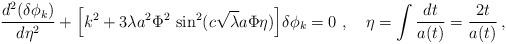
LaTeX: \begin{align*}{d^2(\delta\phi_k)\over d\eta^2} + {\Bigl[{k^2} +3\lambda a^2\Phi^2\, \sin^2 (c\sqrt\lambda a\Phi \eta)\Bigr]}\delta\phi_k = 0 \ ,~~~\eta =\int {dt\over a(t)}={2t\over a(t)}\, ,\end{align*}